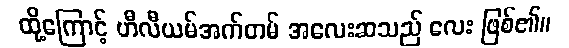
ထို့ကြောင့် ဟီလီယမ်အက်တမ် အလေးဆသည် လေး ဖြစ်၏။